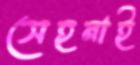
সেহনাই